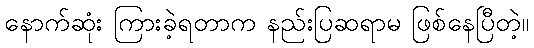
နောက်ဆုံး ကြားခဲ့ရတာက နည်းပြဆရာမ ဖြစ်နေပြီတဲ့။